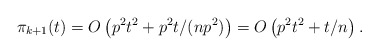
\begin{align*}\pi_{k+1}(t)=O\left( p^2t^2 + p^2t/(np^2)\right) =O\left( p^2t^2 + t/n \right) .\end{align*}